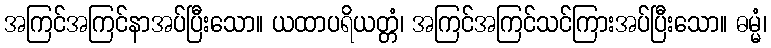
အကြင်အကြင်နာအပ်ပြီးသော။ ယထာပရိယတ္တံ၊ အကြင်အကြင်သင်ကြားအပ်ပြီးသော။ ဓမ္မံ၊